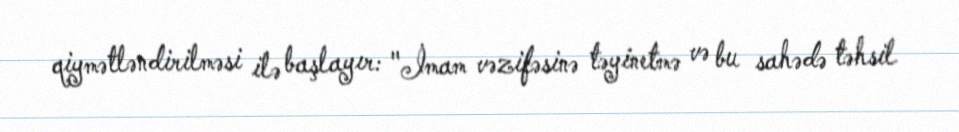
qiymətləndirilməsi ilə başlayır: "İmam vəzifəsinə təyinetmə və bu sahədə təhsil